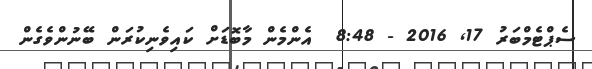
ސެޕްޓެމްބަރު 17